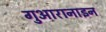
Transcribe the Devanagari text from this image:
गुआरानाइन